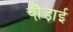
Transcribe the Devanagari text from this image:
चौ़ड़ाई